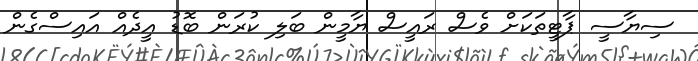
ސިޔާސީ ޕާޓީތަކަށް ވެސް ރައީސް ޔާމީން ބަލި ކުރަން ބޮޑު އީދެއް އައިސްގެން